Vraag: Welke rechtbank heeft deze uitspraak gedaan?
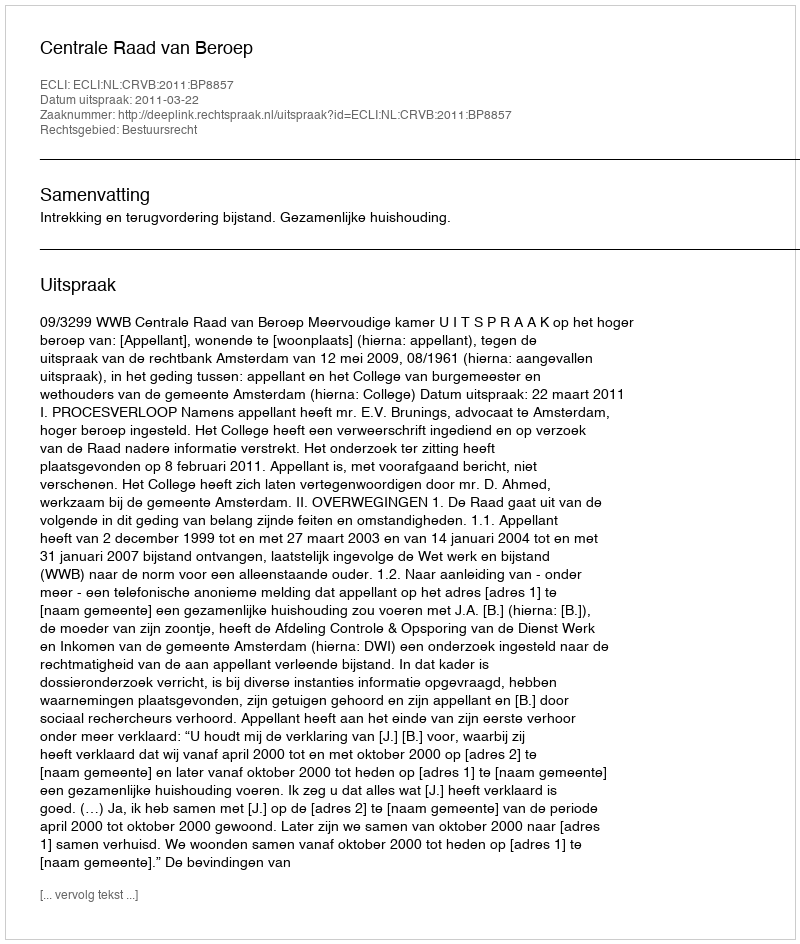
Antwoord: Centrale Raad van Beroep